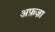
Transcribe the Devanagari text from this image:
अफ़ज़ा